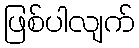
ဖြစ်ပါလျက်